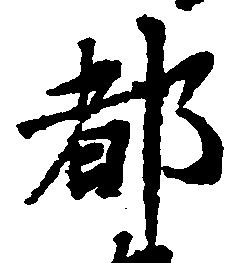
都